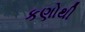
કણોથી